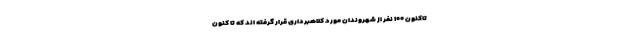
تاکنون ۱۰۰ نفر از شهروندان مورد کلاهبرداری قرار گرفته اند که تا کنون